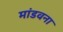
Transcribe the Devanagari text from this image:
मांडवना